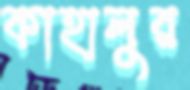
কাহালুর